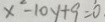
x - 1 0 y + 9 = 0